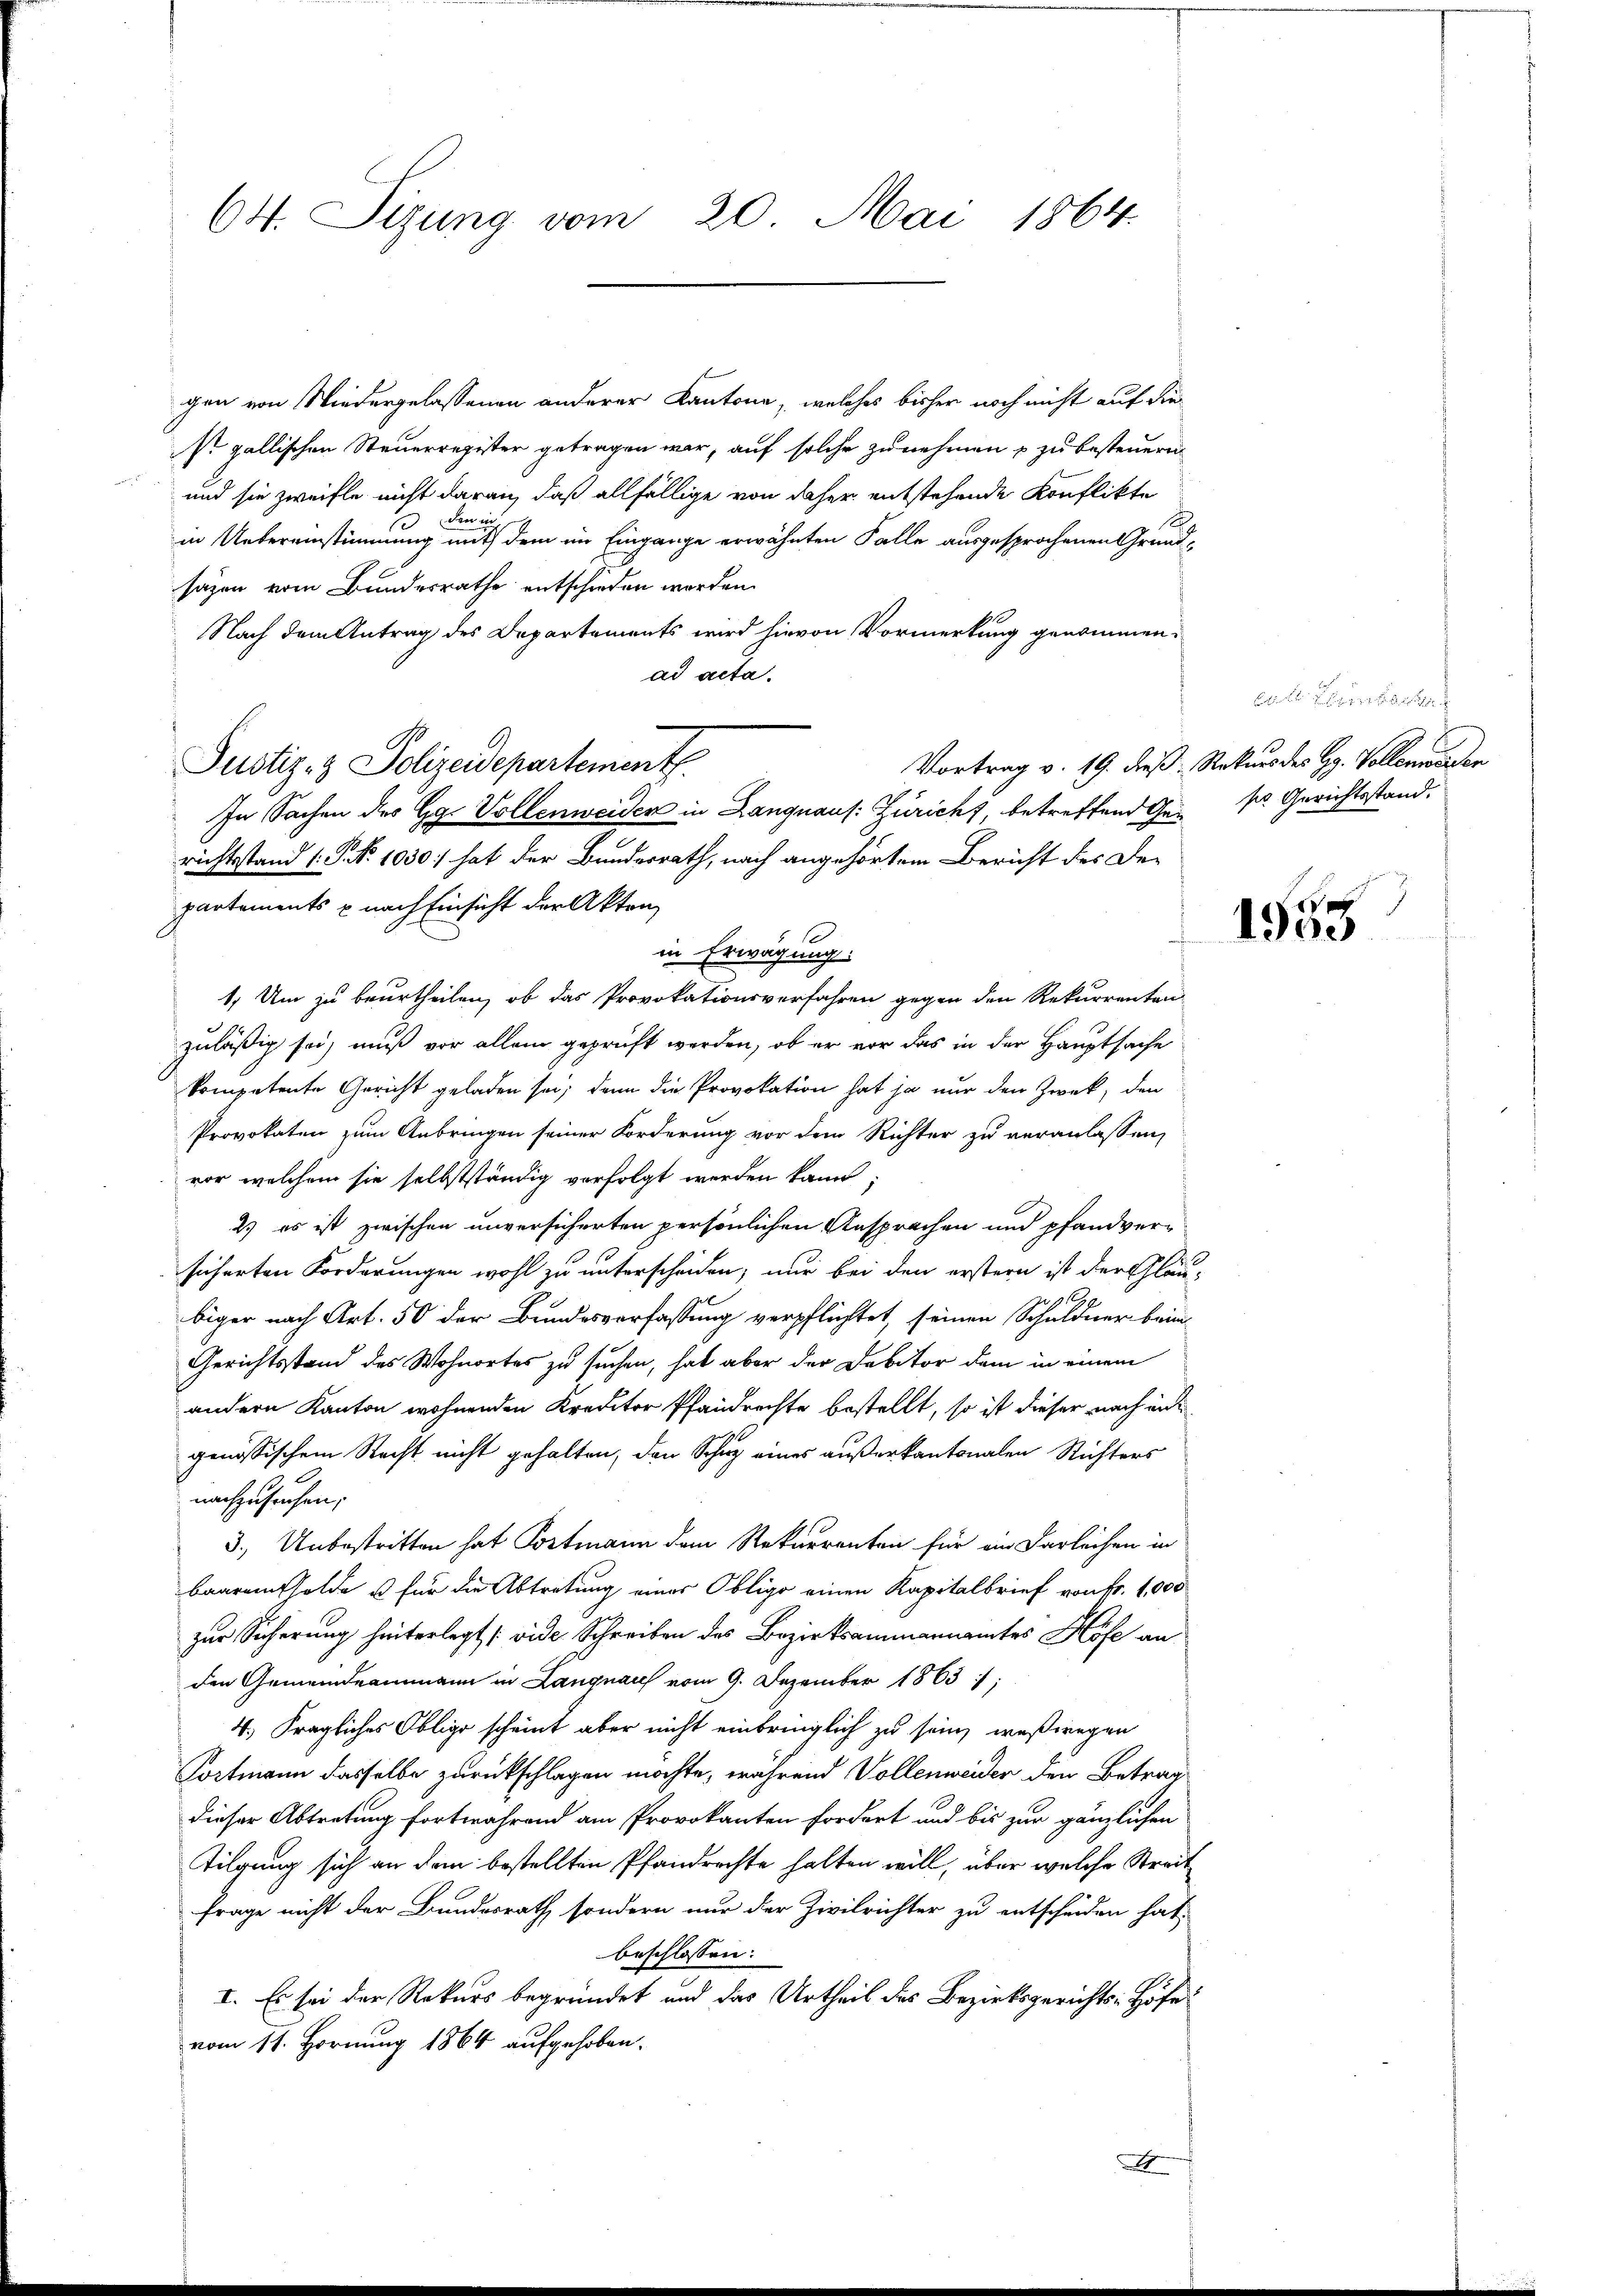
64. Sizung vom 20. Mai 1864.

gen von Niedergelassenen anderer Kantone, welches bisher noch nicht auf diesr. gallischen Steuerregister getragen war, auf solche zu nehmen u zu besteuern
und sie zweifle nicht daran, daß allfällige von daher entstehende Konflikte
in Untereinstimmung einen dem im Eingange erwähnten Falle ausgesprochenen Grundsäzen vom Bundesrathe entschieden werden.
Nach dem Antrag des Departements wird hievon Vormerkung genommen.
ad acta.
In Sachen des Gg. Vollenweider in Langnaus: Züricht, betreffend Ge¬ sr. Gerichtsstand.
richtsstand (S. Nr. 1030) hat der Bundesrath, nach angehörtem Bericht der De-
partements & nach Einsicht der Akten,
in Erwägung:
1. Um zu beurtheilen, ob das Provokationsverfahren gegen den Rekurrenten
zuläßig sei, muß vor allem geprüft werden, ob er vor das in der Hauptsache
kompetente Gericht geladen sei; dann die Provokation hat ja nur den Zweck, den
Provokaten zum Anbringen seiner Forderung vor dem Richter zu veranlassen,
vor, welchem sie selbstständig verfolgt werden kann;
2.) es ist zwischen unversicherten persönlichen Ansprachen und pfandversicherten Forderungen wohl zu unterscheiden, nur bei den erstern ist der Gläu-

biger nach Art. 50 der Bundesverfassung verpflichtet, seinen Schuldner beim
Gerichtsstand des Wohnortes zu suchen, hat aber der Debitor dem in einem
andern Kanton wohnenden Kreditor Pfandrechte bestellt, so ist dieser nach ei
genössischem Recht nicht gehalten, den Schur eines außerkantonalen Richters
nachzusuchen;
3.) Unbestritten hat Portmann dem Rekurrenten für ein Darleihen in
baarentsolde u für die Abtretung eines Obligo einen Kapitalbrief von Fr. 1,000
zur Sicherung hinterlegt (vide Schreiben des Bezirksammannamtes Höfe an
den Gemeindeammann in Langnau vom 9. Dezember 1863 ;
4. Fragliches Obligo scheint aber nicht einbringlich zu sein, weßwegen
Tortmann dasselbe zurückschlagen möchte, während Vollenweider den Betragdieser Abtretung fortwährend am Provokanten fordert und bis zur gänzlichen
Tilgung sich an dem bestellten Pfandrechte halten will, über welche Streit
Frage nicht der Bundesrath sondern nur der Zivilrichter zu entscheiden hat,
beschlossen:
I. Es sei der Rekurs begründet und das Urtheil des Bezirksgerichts- Höfe
vom 11. Hornung 1864 aufgehoben.

Justiz- & Polizeidepartement.

x

1. Fern
Vortrag v. 19. dieß: Rekurs des H. Vollemander

1955